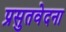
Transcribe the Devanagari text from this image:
प्रसुतवेदना